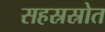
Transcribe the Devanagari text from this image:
सहस्रस्रोत